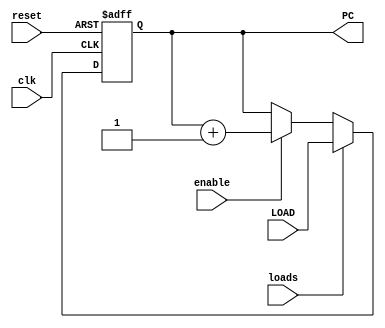
//LABORATORIO 10
//ELECTRONICA DIGITAL I
//GABRIEL ALEXANDER FONG PENAGOS 19722
//EJERCICO #1

module PROGRAMCOUNTER(input wire clk, reset,enable,loads,
                input wire [11:0]LOAD,
                output reg[11:0]PC);

  always @ (posedge clk, posedge reset ) begin //REALIZAMOS UN ALWAYS PARA QUE SE EJECUTE EN TODOO MOMENTO Y CAMBIE EN EL FLANCO DE RELOJ
  if (reset) begin //RESETEA EL VALOR EN 0 LOS 12 BITS
    PC <= 12'b0;
  end
  else if (loads)begin //SI EL LOAD ES 1 COLOCAR EN LA SALIDA EL VALOR PRE-COLOCADO
  PC <= LOAD;
end
else //SI ENABLE ES 1 SUMA 1 EN CADA FLANCO DE RELOJ, SI NO NO SUMA
  if (enable) begin
  PC <= PC + 1;
  end
end
endmodule

module PROGRAMROM (input wire [11:0]PC, // DIRECCION DE 12 BITS
  output wire [7:0]PROGRAM_BYTE); //TAMAO DEL DATO DE 8 BITS

  reg [7:0] MEM[0:4095]; //MEM ES DE TAMAO DE 2^12 = 4096 Y CREA EL ARREGLO PARA NUESTROS DATOS
  initial begin         //INICIAMOS LA LECTURA DE NUESTRA LISTA
    $readmemb("LISTAROM.list", MEM);//LEEMOS LOS VALORES DE LA LISTA EN BINARIO
  end
  assign PROGRAM_BYTE = MEM[PC]; //LE ASIGANMOS EL VALOR DE MEM EN LA DIRECCION INGRESADA
endmodule // ROM

//FLIPFLOP DE 8 BITS
module FETCH (input wire clk, reset, enable,
              input wire [7:0]PROGRAM_BYTE,
              output reg [3:0]INSTR,
              output reg [3:0]OPRND);
    always @ ( posedge clk, posedge reset ) begin
      if (reset) begin
        INSTR <= 4'b0;
        OPRND <= 4'b0;
      end
      else if (enable) begin //SI EL ENABLE == 1 DEJA PASAR EL VALOR DE D A LA SALIDA Q
        INSTR[3:0]<= PROGRAM_BYTE[7:4]; //LOS 4 BITS MAS SIGNIFICATIVOS SE DIRIGEN HACIA INSTR
        OPRND[3:0]<= PROGRAM_BYTE[3:0]; //LOS 4 BITS MENOS SIGNIFICATIVOS SE DIRIGEN HACIA OPRND
      end
    end
endmodule // FETCH

module Parte1 (input wire clk, reset, enableP, loads, enableF,
              input wire [11:0]LOAD,
              input wire[7:0]PROGRAM_BYTE,
              output wire [3:0]INSTR,OPRND);
    wire [11:0]PC;
    PROGRAMCOUNTER U1(clk,reset,enableP,loads,LOAD,PC);
    PROGRAMROM U2(PC,PROGRAM_BYTE);
    FETCH U3(clk,reset,enableF,PROGRAM_BYTE,INSTR,OPRND);

endmodule // Parte1